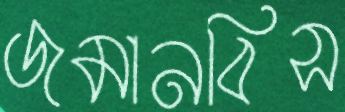
জমানবিস